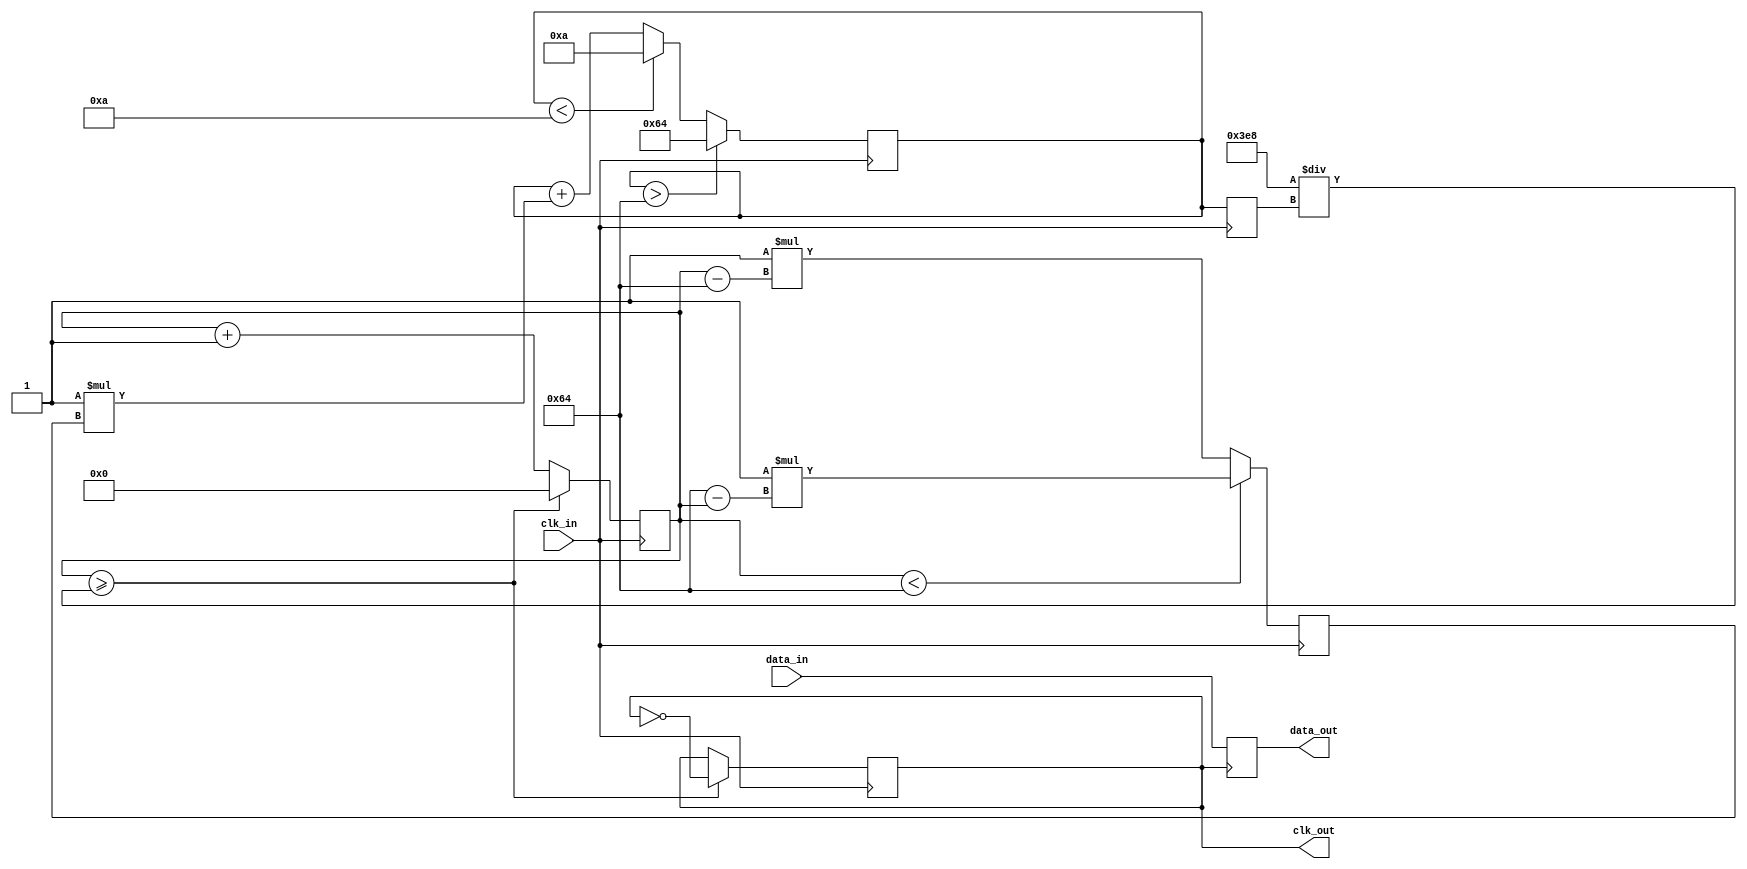
module pll_synchronizer (
    input wire clk_in,           // Incoming clock signal
    input wire data_in,          // Incoming data signal
    output reg clk_out,          // Output clock signal
    output reg data_out          // Synchronized output data
);

    // Parameters
    parameter PHASE_DETECTOR_GAIN = 1; // Gain for phase detector
    parameter LOOP_FILTER_GAIN = 1;     // Gain for loop filter
    parameter VCO_MAX_FREQ = 100;        // Max frequency for VCO
    parameter VCO_MIN_FREQ = 10;         // Min frequency for VCO

    // Internal signals
    reg [7:0] phase_error;              // Phase error signal
    reg [7:0] control_voltage;           // Control voltage for VCO
    reg [7:0] vco_freq;                  // Current frequency of VCO
    reg [31:0] vco_counter;              // VCO counter for clock generation

    // Phase Detector
    always @(posedge clk_in) begin
        // Simple phase detector logic (example)
        if (vco_counter < 100) begin
            phase_error <= PHASE_DETECTOR_GAIN * (100 - vco_counter);
        end else begin
            phase_error <= PHASE_DETECTOR_GAIN * (vco_counter - 100);
        end
    end

    // Loop Filter
    always @(posedge clk_in) begin
        control_voltage <= control_voltage + (LOOP_FILTER_GAIN * phase_error);
        // Limit control voltage to VCO frequency range
        if (control_voltage > VCO_MAX_FREQ) begin
            control_voltage <= VCO_MAX_FREQ;
        end else if (control_voltage < VCO_MIN_FREQ) begin
            control_voltage <= VCO_MIN_FREQ;
        end
    end

    // Voltage-Controlled Oscillator (VCO)
    always @(posedge clk_in) begin
        vco_freq <= control_voltage; // Control frequency by voltage
        vco_counter <= vco_counter + 1;
        
        // Generate output clock based on VCO frequency
        if (vco_counter >= (1000 / vco_freq)) begin
            clk_out <= ~clk_out;
            vco_counter <= 0;
        end
    end

    // Data Synchronizer
    always @(posedge clk_out) begin
        data_out <= data_in; // Sample data on VCO output clock edge
    end

    // Initialization
    initial begin
        clk_out = 0;
        control_voltage = 50; // Start at nominal control voltage
        vco_freq = 50; // Start with nominal VCO frequency
        vco_counter = 0;
        phase_error = 0;
    end

endmodule